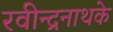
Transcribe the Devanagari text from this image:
रवीन्द्रनाथके